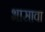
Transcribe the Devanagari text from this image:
भासावा